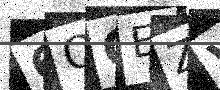
Text: 6QOEZV